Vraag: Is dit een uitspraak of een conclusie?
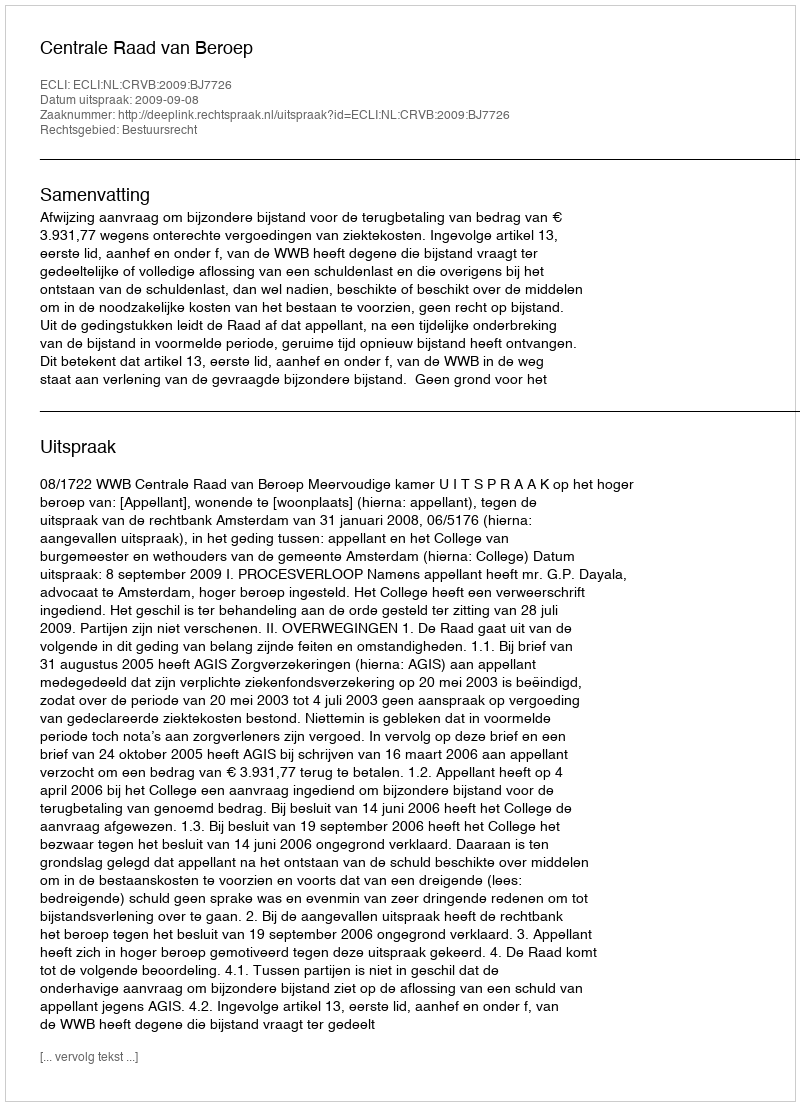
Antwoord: Uitspraak